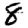
Digit: 8